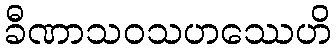
ခီဏာသဝသဟဿေဟိ